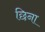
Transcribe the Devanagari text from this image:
छिना